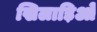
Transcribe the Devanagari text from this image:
खिलाड़िओ